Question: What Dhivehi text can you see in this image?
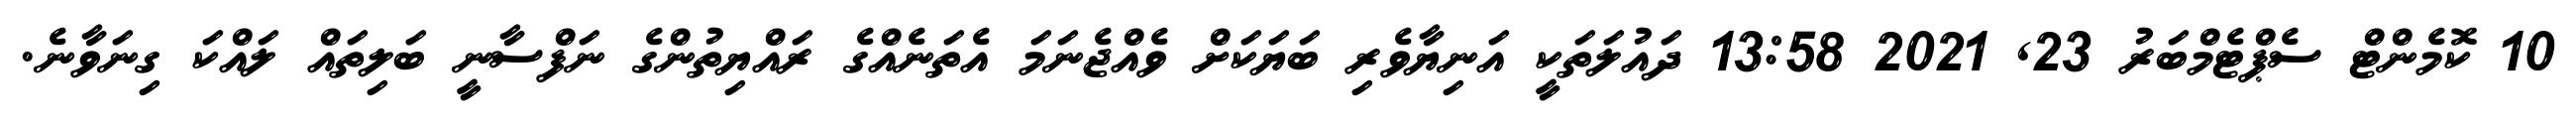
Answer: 10 ކޮމެންޓް ސެޕްޓެމްބަރު 23, 2021 13:58 ދައުލަތަކީ އަނިޔާވެރި ބަޔަކަށް ވެއްޖެނަމަ އެތަނެއްގެ ރައްޔިތުންގެ ނަފްސާނީ ބަލިތައް ލައްކަ ގިނަވާނެ.